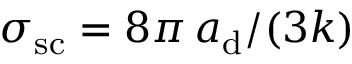
\sigma _ { \mathrm { s c } } = 8 \pi \, a _ { \mathrm { d } } / ( 3 k )